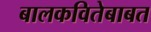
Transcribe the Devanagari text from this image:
बालकवितेबाबत